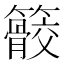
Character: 䉰